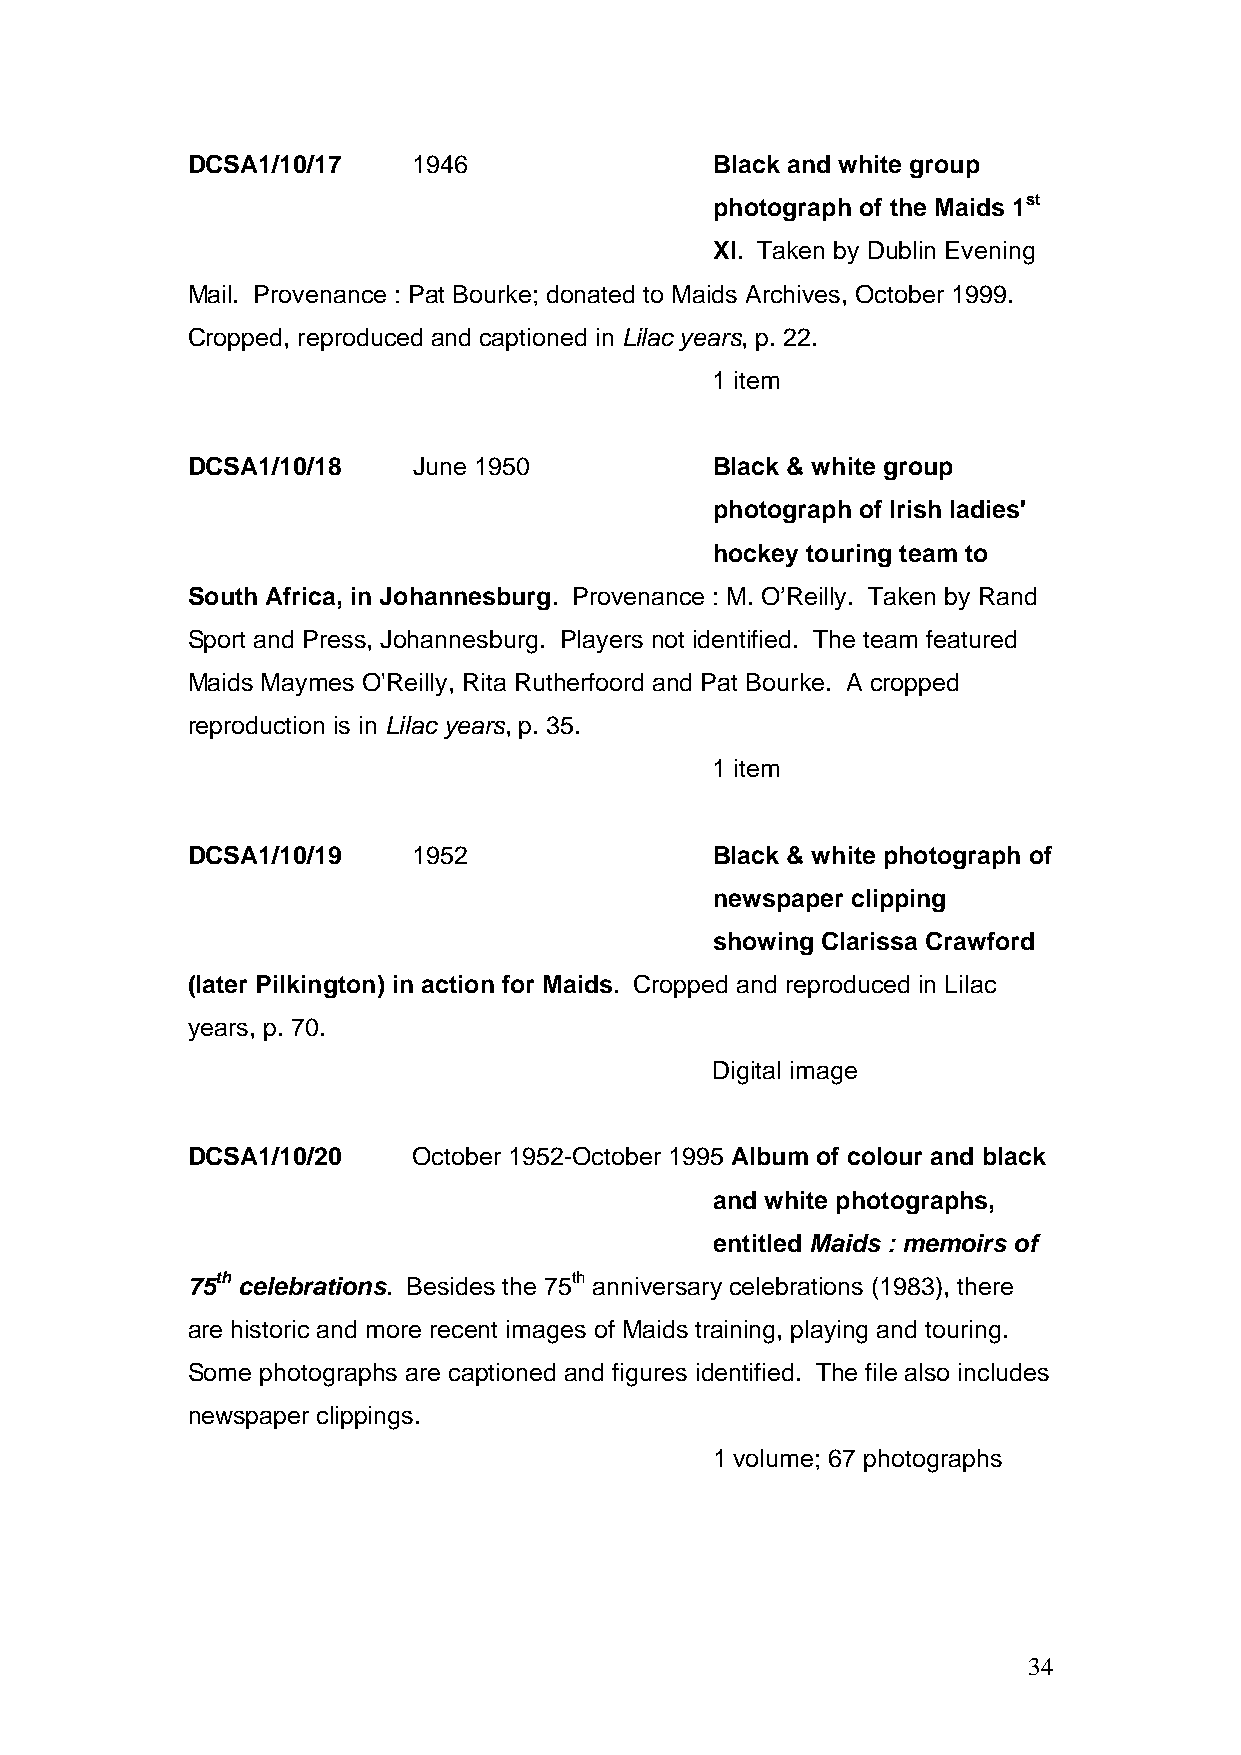
DCSA1/10/17    1946                Black and white group
 photograph of the Maids 1st
 XI. Taken by Dublin Evening
 Mail. Provenance : Pat Bourke; donated to Maids Archives, October 1999.
 Cropped, reproduced and captioned in Lilac years, p. 22.
 1 item
 DCSA1/10/18    June 1950           Black & white group
 photograph of Irish ladies'
 hockey touring team to
 South Africa, in Johannesburg. Provenance : M. O’Reilly. Taken by Rand
 Sport and Press, Johannesburg. Players not identified. The team featured
 Maids Maymes O'Reilly, Rita Rutherfoord and Pat Bourke. A cropped
 reproduction is in Lilac years, p. 35.
 1 item
 DCSA1/10/19    1952                Black & white photograph of
 newspaper clipping
 showing Clarissa Crawford
 (later Pilkington) in action for Maids. Cropped and reproduced in Lilac
 years, p. 70.
 Digital image
 DCSA1/10/20    October 1952-October 1995 Album of colour and black
 and white photographs,
 entitled Maids : memoirs of
 75th celebrations. Besides the 75th anniversary celebrations (1983), there
 are historic and more recent images of Maids training, playing and touring.
 Some photographs are captioned and figures identified. The file also includes
 newspaper clippings.
 1 volume; 67 photographs
 34